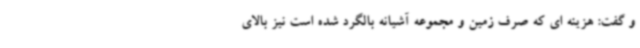
و گفت: هزینه ای که صرف زمین و مجموعه آشیانه بالگرد شده است نیز بالای